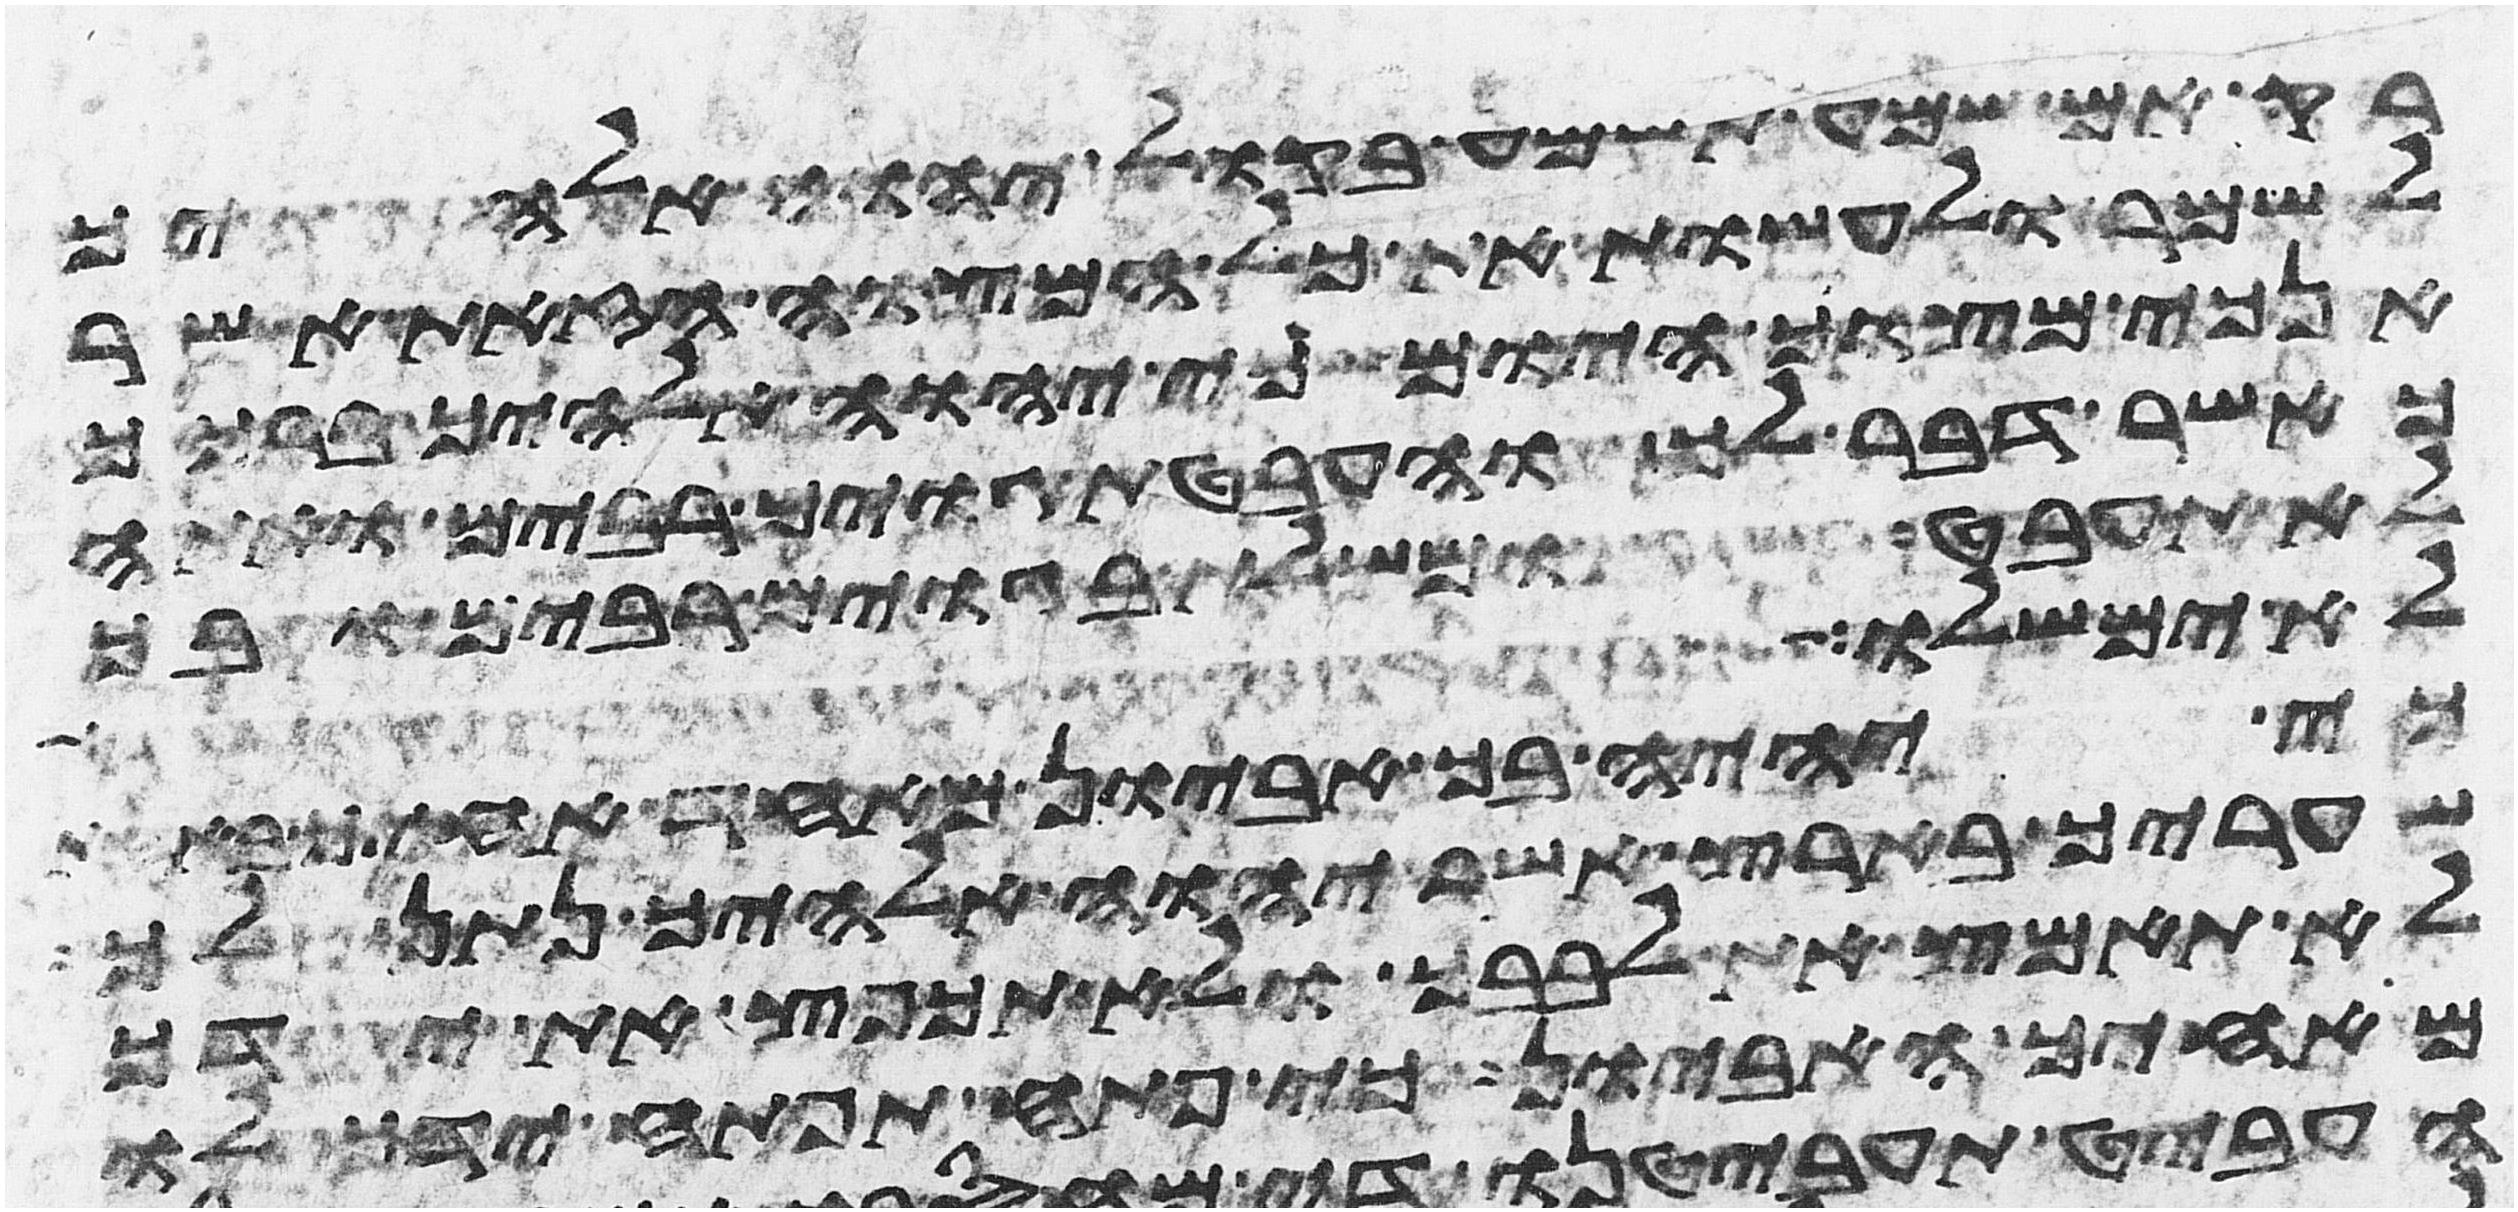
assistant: רק אם שמע תשמע בקול יהוה אלהיך
לשמר לעשות את כל המצוה הזאת אשר
אנכי מצוך היום כי יהוה אלהיך ברכך
כאשר דבר לך והעבטת גוים רבים ואתה
לא תעבט ומשלת בגוים רבים ובך
לא ימשלו כי יהיה בך אביון
כי יהיה בך אביון מאחד אחיך באחת
שעריך בארץ אשר יהוה אלהיך נתן לך
לא תאמץ את לבבך ולא תכפץ את ידך
מאחיך האביון כי פתח תפתח ידך לו